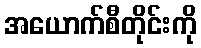
အယောက်စီတိုင်းကို